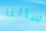
سألنا